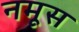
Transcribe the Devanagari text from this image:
नमूस